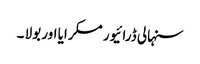
سنہالی ڈرائیور مسکرایا اور بولا ۔